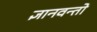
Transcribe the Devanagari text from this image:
ज्ञानवन्तो